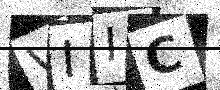
Text: VIIC